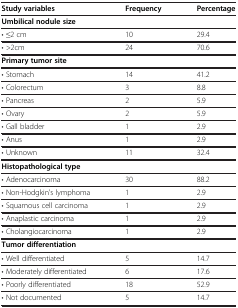
<table><thead><tr><td><b>Study variables</b></td><td><b>Frequency</b></td><td><b>Percentage</b></td></tr></thead><tbody><tr><td><b>Umbilical nodule size</b></td><td> </td><td> </td></tr><tr><td>• ≤2 cm</td><td>10</td><td>29.4</td></tr><tr><td>• &gt;2cm</td><td>24</td><td>70.6</td></tr><tr><td><b>Primary tumor site</b></td><td> </td><td> </td></tr><tr><td>• Stomach</td><td>14</td><td>41.2</td></tr><tr><td>• Colorectum</td><td>3</td><td>8.8</td></tr><tr><td>• Pancreas</td><td>2</td><td>5.9</td></tr><tr><td>• Ovary</td><td>2</td><td>5.9</td></tr><tr><td>• Gall bladder</td><td>1</td><td>2.9</td></tr><tr><td>• Anus</td><td>1</td><td>2.9</td></tr><tr><td>• Unknown</td><td>11</td><td>32.4</td></tr><tr><td><b>Histopathological type</b></td><td> </td><td> </td></tr><tr><td>• Adenocarcinoma</td><td>30</td><td>88.2</td></tr><tr><td>• Non-Hodgkin&#x27;s lymphoma</td><td>1</td><td>2.9</td></tr><tr><td>• Squamous cell carcinoma</td><td>1</td><td>2.9</td></tr><tr><td>• Anaplastic carcinoma</td><td>1</td><td>2.9</td></tr><tr><td>• Cholangiocarcinoma</td><td>1</td><td>2.9</td></tr><tr><td><b>Tumor differentiation</b></td><td> </td><td> </td></tr><tr><td>• Well differentiated</td><td>5</td><td>14.7</td></tr><tr><td>• Moderately differentiated</td><td>6</td><td>17.6</td></tr><tr><td>• Poorly differentiated</td><td>18</td><td>52.9</td></tr><tr><td>• Not documented</td><td>5</td><td>14.7</td></tr></tbody></table>